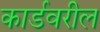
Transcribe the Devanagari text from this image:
कार्डवरील